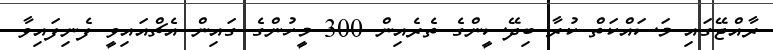
ރާއްޖޭގައި މަސައްކަތް ކުރާ ބިދޭސީންގެ ތެރެއިން 300 މީހުންގެ ގައިން އެޗްއައިވީ ފެނިފައިވާ